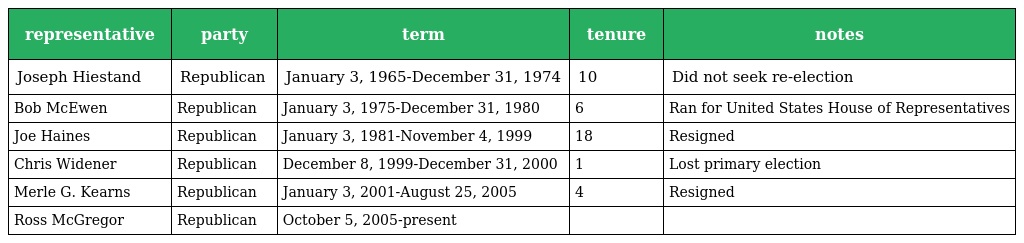
| representative | party | term | tenure | notes |
 | --- | --- | --- | --- | --- |
 | Joseph Hiestand | Republican | January 3, 1965-December 31, 1974 | 10 | Did not seek re-election |
 | Bob McEwen | Republican | January 3, 1975-December 31, 1980 | 6 | Ran for United States House of Representatives |
 | Joe Haines | Republican | January 3, 1981-November 4, 1999 | 18 | Resigned |
 | Chris Widener | Republican | December 8, 1999-December 31, 2000 | 1 | Lost primary election |
 | Merle G. Kearns | Republican | January 3, 2001-August 25, 2005 | 4 | Resigned |
 | Ross McGregor | Republican | October 5, 2005-present |  |  |